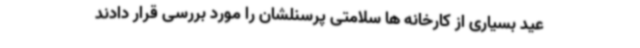
عید بسیاری از کارخانه ها سلامتی پرسنلشان را مورد بررسی قرار دادند